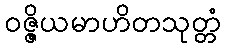
ဝဇ္ဇိယမာဟိတသုတ္တံ